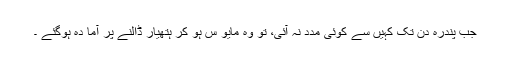
جب پندرہ دن تک کہیں سے کوئی مدد نہ آئی، تو وہ مایو س ہو کر ہتھیار ڈالنے پر آما دہ ہوگئے ۔